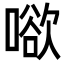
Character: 𭊒